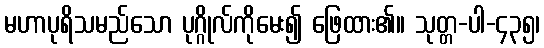
မဟာပုရိသမည်သော ပုဂ္ဂိုလ်ကိုမေး၍ ဖြေထား၏။ သုတ္တ-ပါ-၄၃၅၊